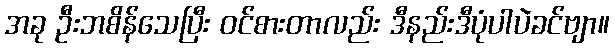
အခု ဦးဘစိန်သေပြီး ဝင်စားတာလည်း ဒီနည်းဒီပုံပါပဲခင်ဗျာ။